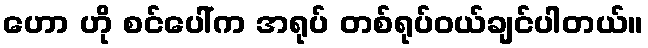
ဟော ဟို စင်ပေါ်က အရုပ် တစ်ရုပ်ဝယ်ချင်ပါတယ်။